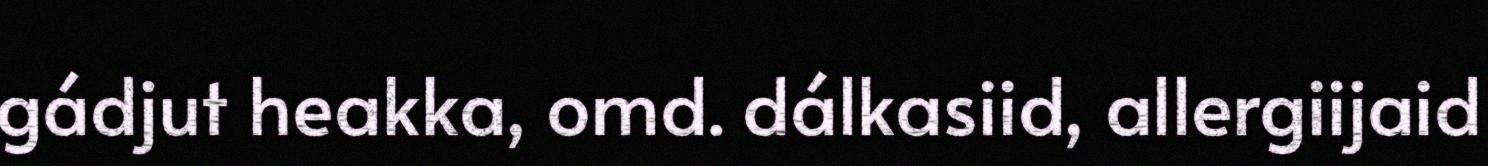
gádjut heakka, omd. dálkasiid, allergiijaid